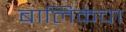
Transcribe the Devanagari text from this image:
बालिकेचा